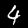
Digit: 4